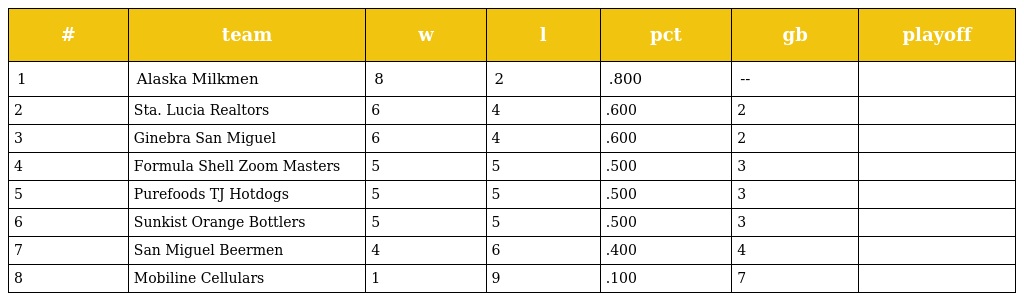
| # | team | w | l | pct | gb | playoff |
 | --- | --- | --- | --- | --- | --- | --- |
 | 1 | Alaska Milkmen | 8 | 2 | .800 | -- |  |
 | 2 | Sta. Lucia Realtors | 6 | 4 | .600 | 2 |  |
 | 3 | Ginebra San Miguel | 6 | 4 | .600 | 2 |  |
 | 4 | Formula Shell Zoom Masters | 5 | 5 | .500 | 3 |  |
 | 5 | Purefoods TJ Hotdogs | 5 | 5 | .500 | 3 |  |
 | 6 | Sunkist Orange Bottlers | 5 | 5 | .500 | 3 |  |
 | 7 | San Miguel Beermen | 4 | 6 | .400 | 4 |  |
 | 8 | Mobiline Cellulars | 1 | 9 | .100 | 7 |  |